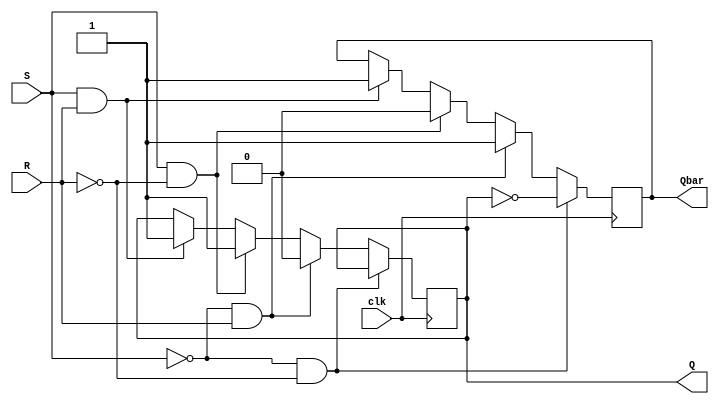
module SR_FF_PEdge(Q, Qbar, S, R, clk);
	
	output Q, Qbar;
	input S, R, clk;
	
	reg Q, Qbar;
	
	always @(posedge clk)
		begin
			if(~S && ~R)
				begin
					Q <= Q;
					Qbar <= ~Q;
				end
			else if(~S && R)
				begin
					Q <= 1'b0;
					Qbar <= 1'b1;
				end
			else if(S && ~R)
				begin
					Q <= 1'b1;
					Qbar <= 1'b0;
				end
			else if(S && R)
				begin
					Q <= 1'b1;
					Qbar <= 1'b1;
				end
		end

endmodule